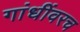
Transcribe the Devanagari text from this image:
गांधींवरच